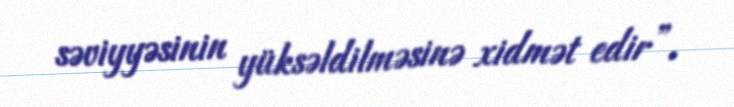
səviyyəsinin yüksəldilməsinə xidmət edir”.